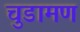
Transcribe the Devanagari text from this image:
चुडामण